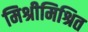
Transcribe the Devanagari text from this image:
मिश्रीमिश्रित